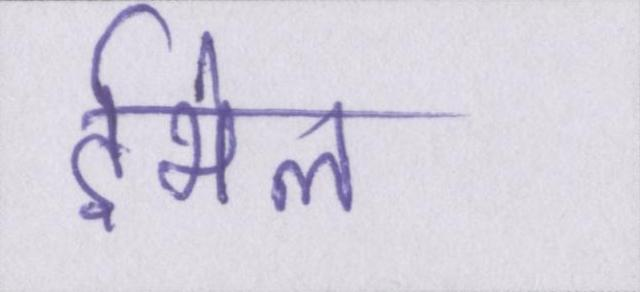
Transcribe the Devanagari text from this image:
ईमेल